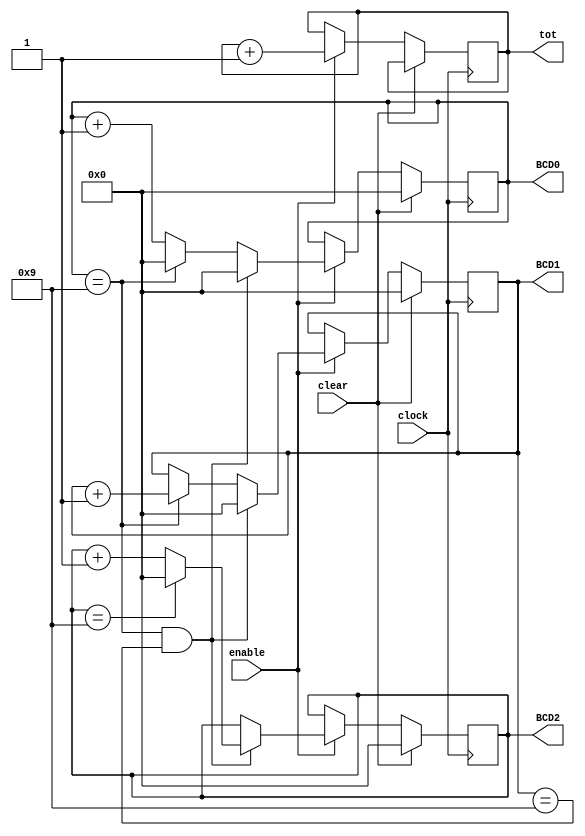
module bcd3counter(clock,clear,enable,BCD0,BCD1,BCD2, tot);
	input clock, clear, enable; 
	output reg [3:0] BCD0, BCD1, BCD2;
	output reg [11:0] tot;
	
	always@(posedge clock)
	begin
		if(clear)
		begin 
			BCD0 <= 0;
			BCD1 <= 0;
			BCD2 <= 0;
		end
		else if(enable)
		begin
			tot <= tot + 1;
			if((BCD0 == 4'b1001) && (BCD1 == 4'b1001))
			begin
				BCD0 <= 0;
				BCD1 <= 0;
				if(BCD2 == 4'b1001)
					BCD2 <= 0;
				else
					BCD2 <= BCD2 + 1;
			end
			else if(BCD0 == 4'b1001)
			begin
				BCD0 <= 0;
				BCD1 <= BCD1 + 1;
			end
			else
				BCD0 <= BCD0 + 1;
		end
	end
endmodule